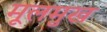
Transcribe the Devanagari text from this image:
मूलमुख